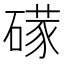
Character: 𱴮